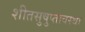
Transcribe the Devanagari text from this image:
शीतसुषुप्तावस्था